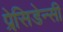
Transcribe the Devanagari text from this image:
प्रेसि़डेन्सी